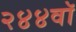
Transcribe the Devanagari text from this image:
२४४वॉ